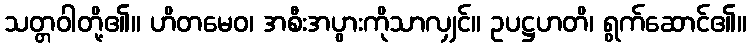
သတ္တဝါတို့၏။ ဟိတမေဝ၊ အစီးအပွားကိုသာလျှင်။ ဥပဋ္ဌဟတိ၊ ရွက်ဆောင်၏။